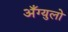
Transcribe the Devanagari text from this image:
अँग्युलो